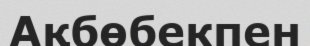
Ақбөбекпен